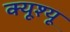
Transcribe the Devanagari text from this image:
क्यूश्यू